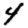
Digit: 4